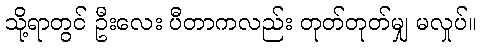
သို့ရာတွင် ဦးလေး ပီတာကလည်း တုတ်တုတ်မျှ မလှုပ်။